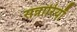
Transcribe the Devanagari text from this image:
सन्नारियाँ